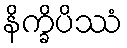
နိက္ခိပိဿံ